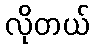
လိုတယ်